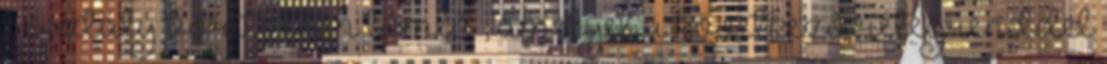
1. osztály borítatlan tömlõ , amelyet a következõ rétegrenddel